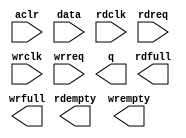
// megafunction wizard: %FIFO%VBB%
// GENERATION: STANDARD
// VERSION: WM1.0
// MODULE: dcfifo 

// ============================================================
// Megafunction Name(s):
// 			dcfifo
//
// Simulation Library Files(s):
// 			altera_mf
// ============================================================
// ************************************************************
// THIS IS A WIZARD-GENERATED FILE. DO NOT EDIT THIS FILE!
//
// 18.1.0 Build 625 09/12/2018 SJ Standard Edition
// ************************************************************

//Copyright (C) 2018  Intel Corporation. All rights reserved.
//Your use of Intel Corporation's design tools, logic functions 
//and other software and tools, and its AMPP partner logic 
//functions, and any output files from any of the foregoing 
//(including device programming or simulation files), and any 
//associated documentation or information are expressly subject 
//to the terms and conditions of the Intel Program License 
//Subscription Agreement, the Intel Quartus Prime License Agreement,
//the Intel FPGA IP License Agreement, or other applicable license
//agreement, including, without limitation, that your use is for
//the sole purpose of programming logic devices manufactured by
//Intel and sold by Intel or its authorized distributors.  Please
//refer to the applicable agreement for further details.

module FIFO (
	aclr,
	data,
	rdclk,
	rdreq,
	wrclk,
	wrreq,
	q,
	rdempty,
	rdfull,
	wrempty,
	wrfull);

	input	  aclr;
	input	[63:0]  data;
	input	  rdclk;
	input	  rdreq;
	input	  wrclk;
	input	  wrreq;
	output	[63:0]  q;
	output	  rdempty;
	output	  rdfull;
	output	  wrempty;
	output	  wrfull;
`ifndef ALTERA_RESERVED_QIS
// synopsys translate_off
`endif
	tri0	  aclr;
`ifndef ALTERA_RESERVED_QIS
// synopsys translate_on
`endif

endmodule

// ============================================================
// CNX file retrieval info
// ============================================================
// Retrieval info: PRIVATE: AlmostEmpty NUMERIC "0"
// Retrieval info: PRIVATE: AlmostEmptyThr NUMERIC "-1"
// Retrieval info: PRIVATE: AlmostFull NUMERIC "0"
// Retrieval info: PRIVATE: AlmostFullThr NUMERIC "-1"
// Retrieval info: PRIVATE: CLOCKS_ARE_SYNCHRONIZED NUMERIC "0"
// Retrieval info: PRIVATE: Clock NUMERIC "4"
// Retrieval info: PRIVATE: Depth NUMERIC "4"
// Retrieval info: PRIVATE: Empty NUMERIC "1"
// Retrieval info: PRIVATE: Full NUMERIC "1"
// Retrieval info: PRIVATE: INTENDED_DEVICE_FAMILY STRING "Cyclone V"
// Retrieval info: PRIVATE: LE_BasedFIFO NUMERIC "0"
// Retrieval info: PRIVATE: LegacyRREQ NUMERIC "1"
// Retrieval info: PRIVATE: MAX_DEPTH_BY_9 NUMERIC "0"
// Retrieval info: PRIVATE: OVERFLOW_CHECKING NUMERIC "1"
// Retrieval info: PRIVATE: Optimize NUMERIC "2"
// Retrieval info: PRIVATE: RAM_BLOCK_TYPE NUMERIC "0"
// Retrieval info: PRIVATE: SYNTH_WRAPPER_GEN_POSTFIX STRING "0"
// Retrieval info: PRIVATE: UNDERFLOW_CHECKING NUMERIC "1"
// Retrieval info: PRIVATE: UsedW NUMERIC "1"
// Retrieval info: PRIVATE: Width NUMERIC "64"
// Retrieval info: PRIVATE: dc_aclr NUMERIC "1"
// Retrieval info: PRIVATE: diff_widths NUMERIC "0"
// Retrieval info: PRIVATE: msb_usedw NUMERIC "0"
// Retrieval info: PRIVATE: output_width NUMERIC "64"
// Retrieval info: PRIVATE: rsEmpty NUMERIC "1"
// Retrieval info: PRIVATE: rsFull NUMERIC "1"
// Retrieval info: PRIVATE: rsUsedW NUMERIC "0"
// Retrieval info: PRIVATE: sc_aclr NUMERIC "0"
// Retrieval info: PRIVATE: sc_sclr NUMERIC "0"
// Retrieval info: PRIVATE: wsEmpty NUMERIC "1"
// Retrieval info: PRIVATE: wsFull NUMERIC "1"
// Retrieval info: PRIVATE: wsUsedW NUMERIC "0"
// Retrieval info: LIBRARY: altera_mf altera_mf.altera_mf_components.all
// Retrieval info: CONSTANT: INTENDED_DEVICE_FAMILY STRING "Cyclone V"
// Retrieval info: CONSTANT: LPM_NUMWORDS NUMERIC "4"
// Retrieval info: CONSTANT: LPM_SHOWAHEAD STRING "OFF"
// Retrieval info: CONSTANT: LPM_TYPE STRING "dcfifo"
// Retrieval info: CONSTANT: LPM_WIDTH NUMERIC "64"
// Retrieval info: CONSTANT: LPM_WIDTHU NUMERIC "2"
// Retrieval info: CONSTANT: OVERFLOW_CHECKING STRING "OFF"
// Retrieval info: CONSTANT: RDSYNC_DELAYPIPE NUMERIC "5"
// Retrieval info: CONSTANT: READ_ACLR_SYNCH STRING "ON"
// Retrieval info: CONSTANT: UNDERFLOW_CHECKING STRING "OFF"
// Retrieval info: CONSTANT: USE_EAB STRING "ON"
// Retrieval info: CONSTANT: WRITE_ACLR_SYNCH STRING "OFF"
// Retrieval info: CONSTANT: WRSYNC_DELAYPIPE NUMERIC "5"
// Retrieval info: USED_PORT: aclr 0 0 0 0 INPUT GND "aclr"
// Retrieval info: USED_PORT: data 0 0 64 0 INPUT NODEFVAL "data[63..0]"
// Retrieval info: USED_PORT: q 0 0 64 0 OUTPUT NODEFVAL "q[63..0]"
// Retrieval info: USED_PORT: rdclk 0 0 0 0 INPUT NODEFVAL "rdclk"
// Retrieval info: USED_PORT: rdempty 0 0 0 0 OUTPUT NODEFVAL "rdempty"
// Retrieval info: USED_PORT: rdfull 0 0 0 0 OUTPUT NODEFVAL "rdfull"
// Retrieval info: USED_PORT: rdreq 0 0 0 0 INPUT NODEFVAL "rdreq"
// Retrieval info: USED_PORT: wrclk 0 0 0 0 INPUT NODEFVAL "wrclk"
// Retrieval info: USED_PORT: wrempty 0 0 0 0 OUTPUT NODEFVAL "wrempty"
// Retrieval info: USED_PORT: wrfull 0 0 0 0 OUTPUT NODEFVAL "wrfull"
// Retrieval info: USED_PORT: wrreq 0 0 0 0 INPUT NODEFVAL "wrreq"
// Retrieval info: CONNECT: @aclr 0 0 0 0 aclr 0 0 0 0
// Retrieval info: CONNECT: @data 0 0 64 0 data 0 0 64 0
// Retrieval info: CONNECT: @rdclk 0 0 0 0 rdclk 0 0 0 0
// Retrieval info: CONNECT: @rdreq 0 0 0 0 rdreq 0 0 0 0
// Retrieval info: CONNECT: @wrclk 0 0 0 0 wrclk 0 0 0 0
// Retrieval info: CONNECT: @wrreq 0 0 0 0 wrreq 0 0 0 0
// Retrieval info: CONNECT: q 0 0 64 0 @q 0 0 64 0
// Retrieval info: CONNECT: rdempty 0 0 0 0 @rdempty 0 0 0 0
// Retrieval info: CONNECT: rdfull 0 0 0 0 @rdfull 0 0 0 0
// Retrieval info: CONNECT: wrempty 0 0 0 0 @wrempty 0 0 0 0
// Retrieval info: CONNECT: wrfull 0 0 0 0 @wrfull 0 0 0 0
// Retrieval info: GEN_FILE: TYPE_NORMAL FIFO.v TRUE
// Retrieval info: GEN_FILE: TYPE_NORMAL FIFO.inc FALSE
// Retrieval info: GEN_FILE: TYPE_NORMAL FIFO.cmp FALSE
// Retrieval info: GEN_FILE: TYPE_NORMAL FIFO.bsf TRUE
// Retrieval info: GEN_FILE: TYPE_NORMAL FIFO_inst.v TRUE
// Retrieval info: GEN_FILE: TYPE_NORMAL FIFO_bb.v TRUE
// Retrieval info: LIB_FILE: altera_mf